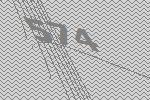
574